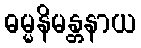
ဓမ္မနိမန္တနာယ